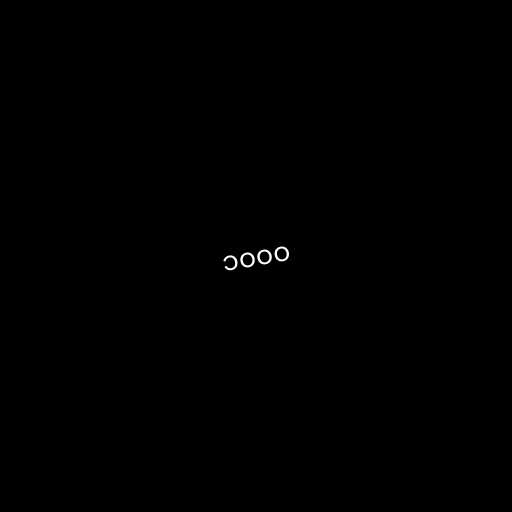
၁၀၀၀